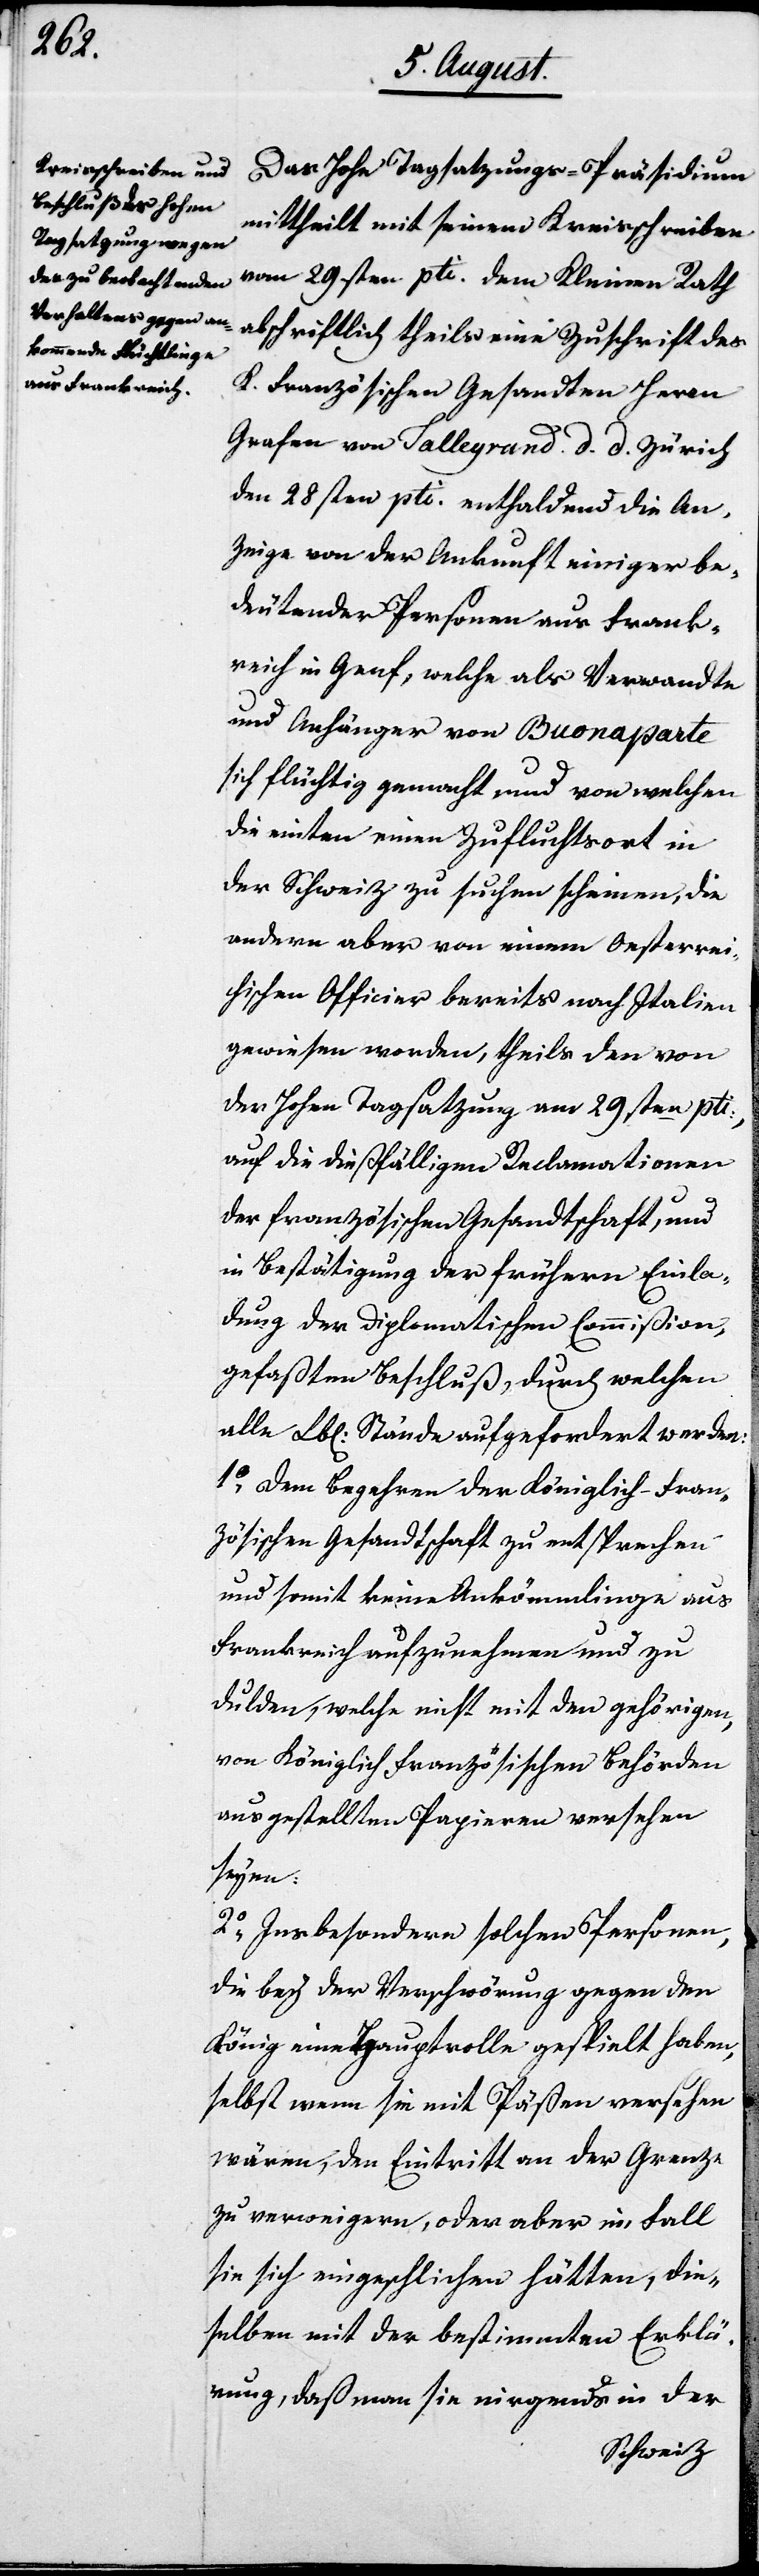
Das Hohe Tagsatzungs-Präsidium
mittheilt mit seinem Kreisschreiben
vom 29sten pti. dem Kleinen Rath
K. Französischen Gesandten Herrn
Grafen von Talleyrand d. d. Zürich
den 28sten pti. enthaltend die An¬
zeige von der Ankunft einiger be¬
deutender Personen aus Frank¬
reich in Genf, welche als Verwandte
und Anhänger von Buonaparte
sich flüchtig gemacht und von welchen
die einten einen Zufluchtort in
der Schweiz zu suchen scheinen, die
andern aber von einem Oesterrei¬
chischen Officier bereits nach Italien
gewiesen worden, theils den von
der Hohen Tagsatzung am 29sten pti.,
auf die dießfälligen Reclamationen
der französischen Gesandtschaft, und
in Bestätigung der frühern Einla¬
dung der Diplomatischen Commißion,
gefaßten Beschluß, durch welchen
alle Lobl. Stände aufgefordert werden:
1.) Dem Begehren der Königlich-Fran¬
zösischen Gesandtschaft zu entsprechen
und somit keine Ankömmlinge aus
Frankreich aufzunehmen und zu
dulden, welche nicht mit den gehörigen,
von Königlich Französischen Behörden
ausgestellten Papieren versehen
seyen.
2.) Insbesondere solchen Personen,
die bey der Verschwörung gegen den
König eine Hauptrolle gespielt haben,
selbst wenn sie mit Päßen versehen
wären, den Eintritt an der Grenze
zu verweigern, oder aber im Fall
sie sich eingeschlichen hätten, die¬
selben mit der bestimmten Erklä¬
rung, daß man sie nirgends in der